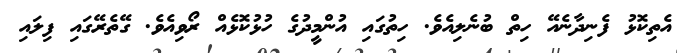
އެތިކޮޅު ފެނިދާނެއޭ ހިތް ބުނެލިއެވެ. ހިތުގައި އުންމީދުގެ ހުޅުކޮޅެއް ރޯވިއެވެ. ގޭތެރޭގައި ފިލައި